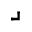
\lrcorner